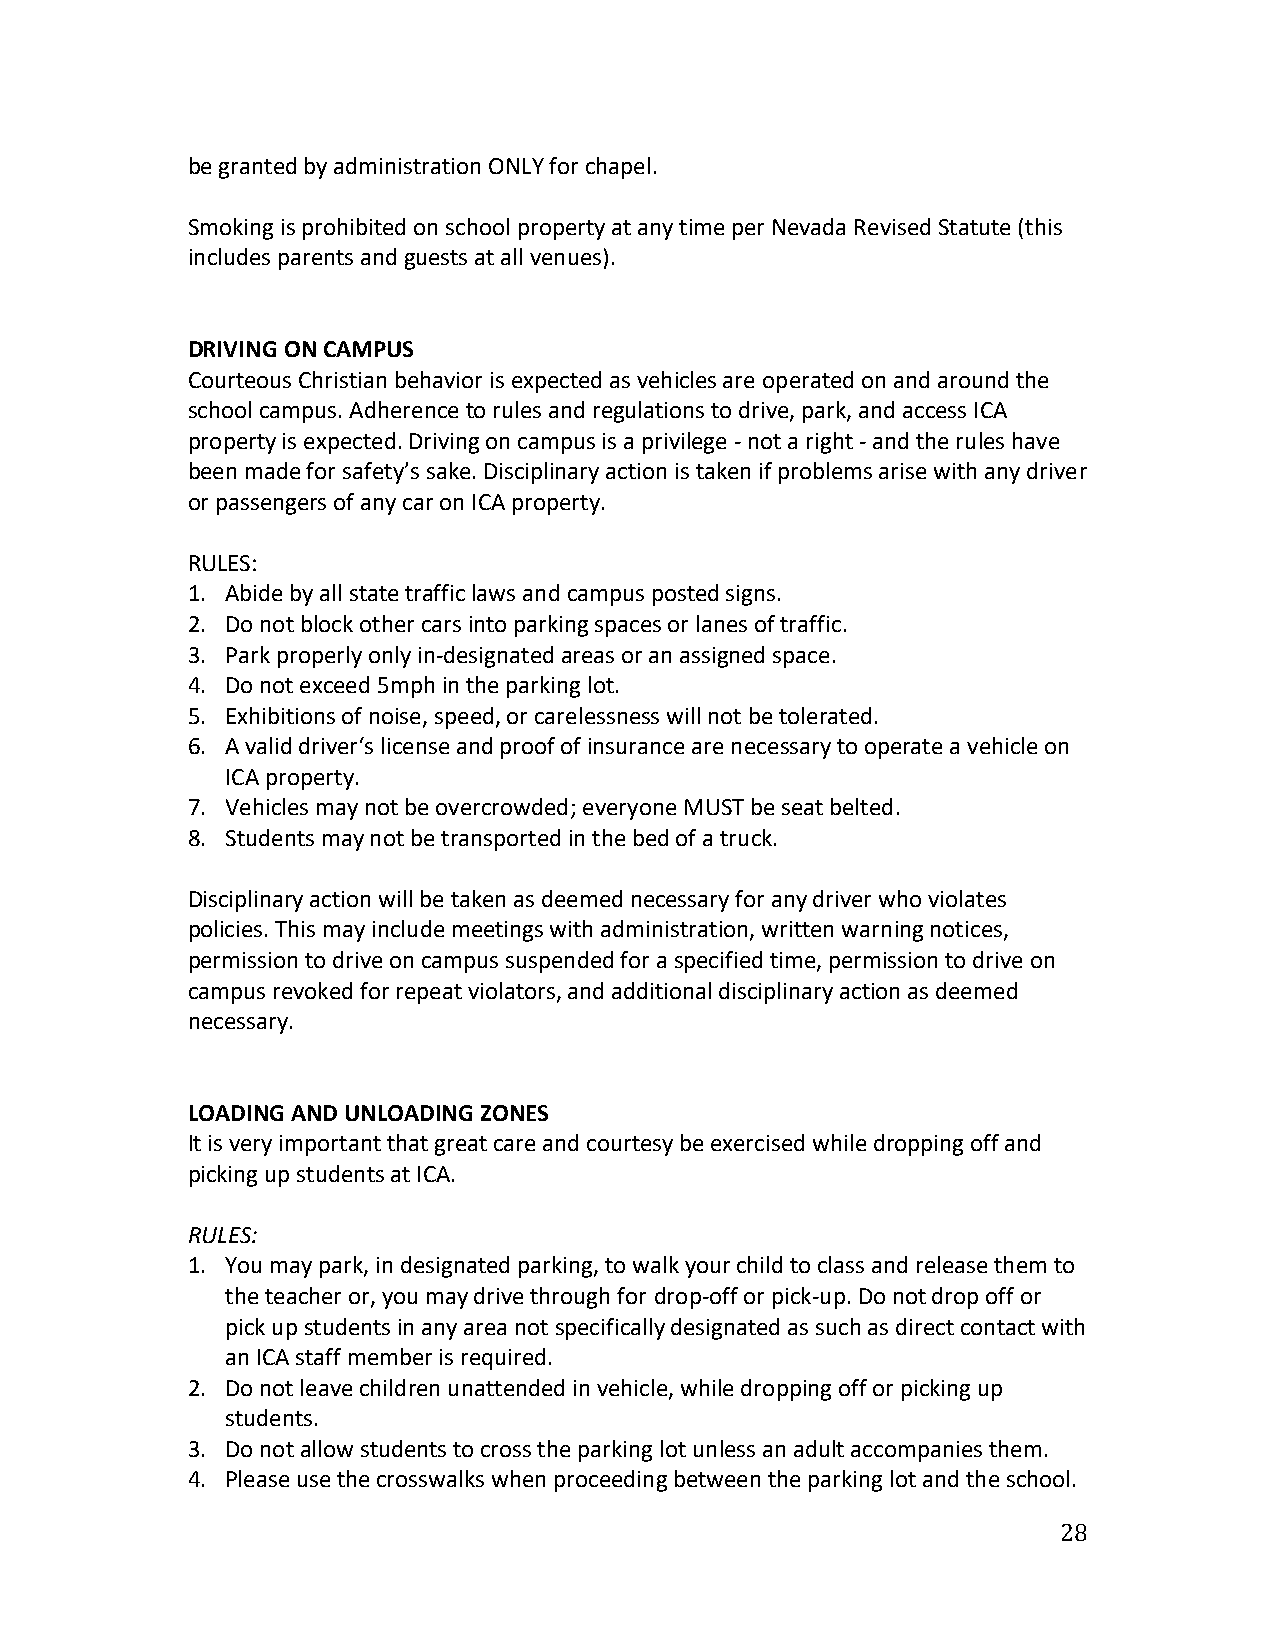
be granted by administration ONLY for chapel.
 Smoking is prohibited on school property at any time per Nevada Revised Statute (this
 includes parents and guests at all venues).
 DRIVING ON CAMPUS
 Courteous Christian behavior is expected as vehicles are operated on and around the
 school campus. Adherence to rules and regulations to drive, park, and access ICA
 property is expected. Driving on campus is a privilege - not a right - and the rules have
 been made for safety’s sake. Disciplinary action is taken if problems arise with any driver
 or passengers of any car on ICA property.
 RULES:
 1. Abide by all state traffic laws and campus posted signs.
 2. Do not block other cars into parking spaces or lanes of traffic.
 3. Park properly only in-designated areas or an assigned space.
 4. Do not exceed 5mph in the parking lot.
 5. Exhibitions of noise, speed, or carelessness will not be tolerated.
 6. A valid driver‘s license and proof of insurance are necessary to operate a vehicle on
 ICA property.
 7. Vehicles may not be overcrowded; everyone MUST be seat belted.
 8. Students may not be transported in the bed of a truck.
 Disciplinary action will be taken as deemed necessary for any driver who violates
 policies. This may include meetings with administration, written warning notices,
 permission to drive on campus suspended for a specified time, permission to drive on
 campus revoked for repeat violators, and additional disciplinary action as deemed
 necessary.
 LOADING AND UNLOADING ZONES
 It is very important that great care and courtesy be exercised while dropping off and
 picking up students at ICA.
 RULES:
 1. You may park, in designated parking, to walk your child to class and release them to
 the teacher or, you may drive through for drop-off or pick-up. Do not drop off or
 pick up students in any area not specifically designated as such as direct contact with
 an ICA staff member is required.
 2. Do not leave children unattended in vehicle, while dropping off or picking up
 students.
 3. Do not allow students to cross the parking lot unless an adult accompanies them.
 4. Please use the crosswalks when proceeding between the parking lot and the school.
 28